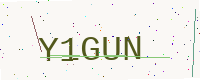
Text: Y1GUN